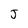
Character: J